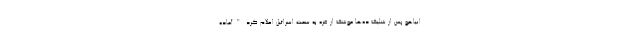
انیاهو پس از شلیک ده‌ها موشک از غزه به سمت اسرائیل اعلام کرد "آماده